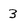
Character: 3